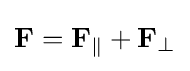
\mathbf {F} =\mathbf {F} _{\parallel }+\mathbf {F} _{\perp }